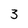
Character: 3